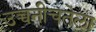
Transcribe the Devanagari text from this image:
उच्चनीचतेला